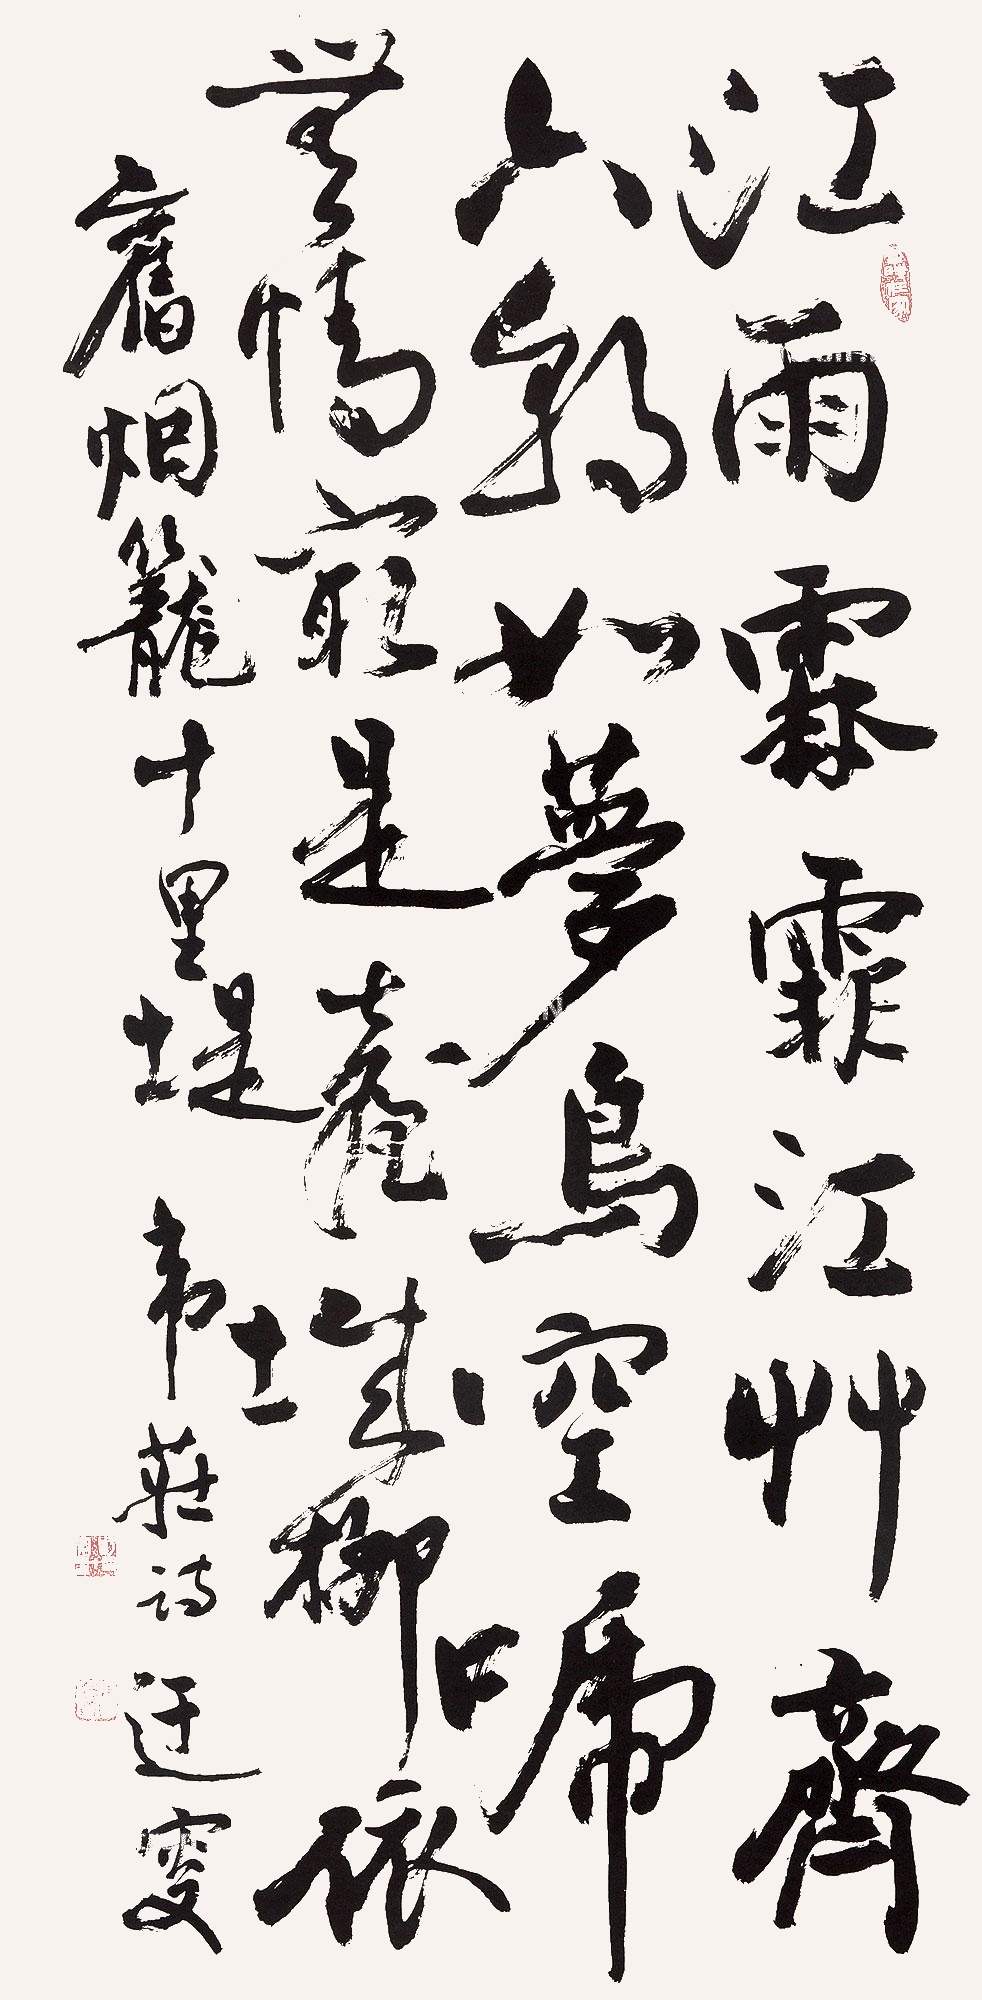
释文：江雨霏霏江草齐，六朝如梦鸟空啼。无情最是台城柳，依旧烟笼十里堤。韦庄诗，迂叟。